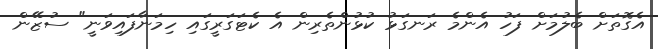
އެގޮތަށް ބެލުމަށް ފަހު އެންމެ ރަނގަޅު ކުޅުންތެރިން އެ ކެޓަގަރީގައި ހިމަނާފައިވަނީ" ސުޒޭން